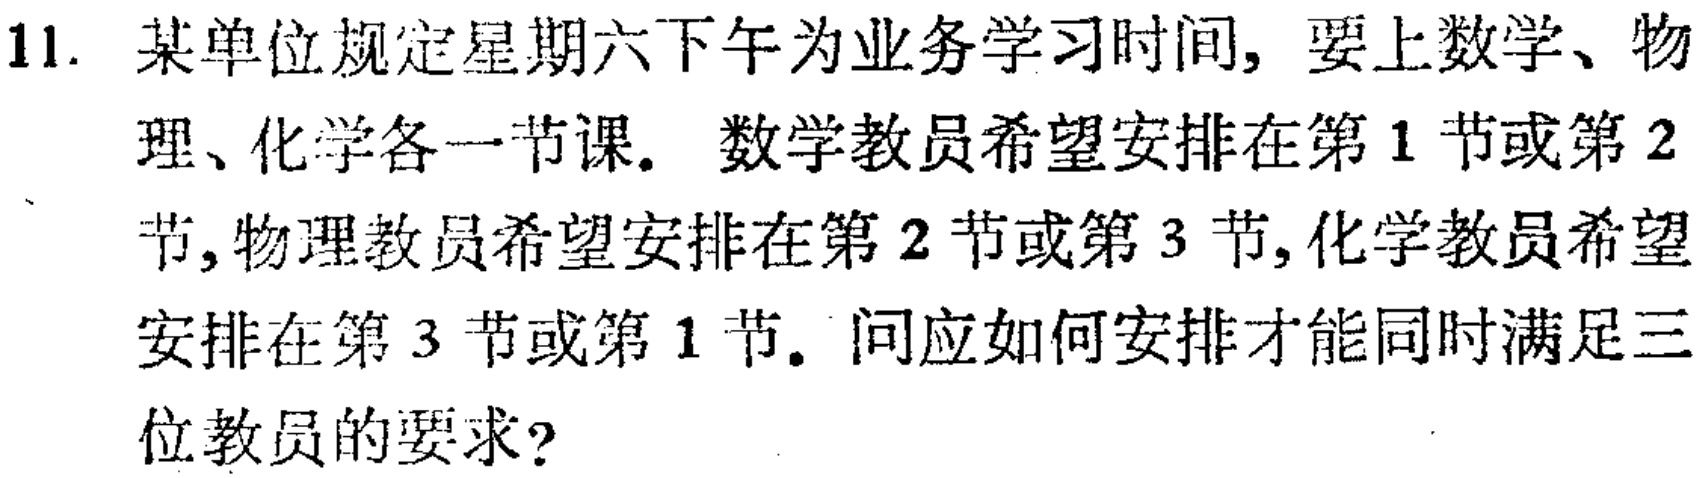
11. 某单位规定星期六下午为业务学习时间, 要上数学、物理、化学各一节课. 数学教员希望安排在第$1$节或第$2$节, 物理教员希望安排在第$2$节或第$3$节, 化学教员希望安排在第$3$节或第$1$节. 问应如何安排才能同时满足三位教员的要求?